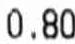
0.80